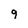
Character: 9